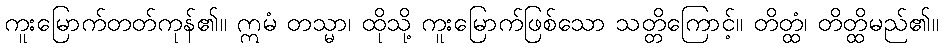
ကူးမြောက်တတ်ကုန်၏။ ဣမံ တသ္မာ၊ ထိုသို့ ကူးမြောက်ဖြစ်သော သတ္တိကြောင့်။ တိတ္ထံ၊ တိတ္ထိမည်၏။